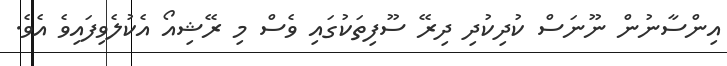
އިންސާނުން ނޫނަސް ކުދިކުދި ދިރޭ ސޫފިތަކުގައި ވެސް މި ރޭޝިއޯ އެކުލެވިފައިވެ އެވެ.